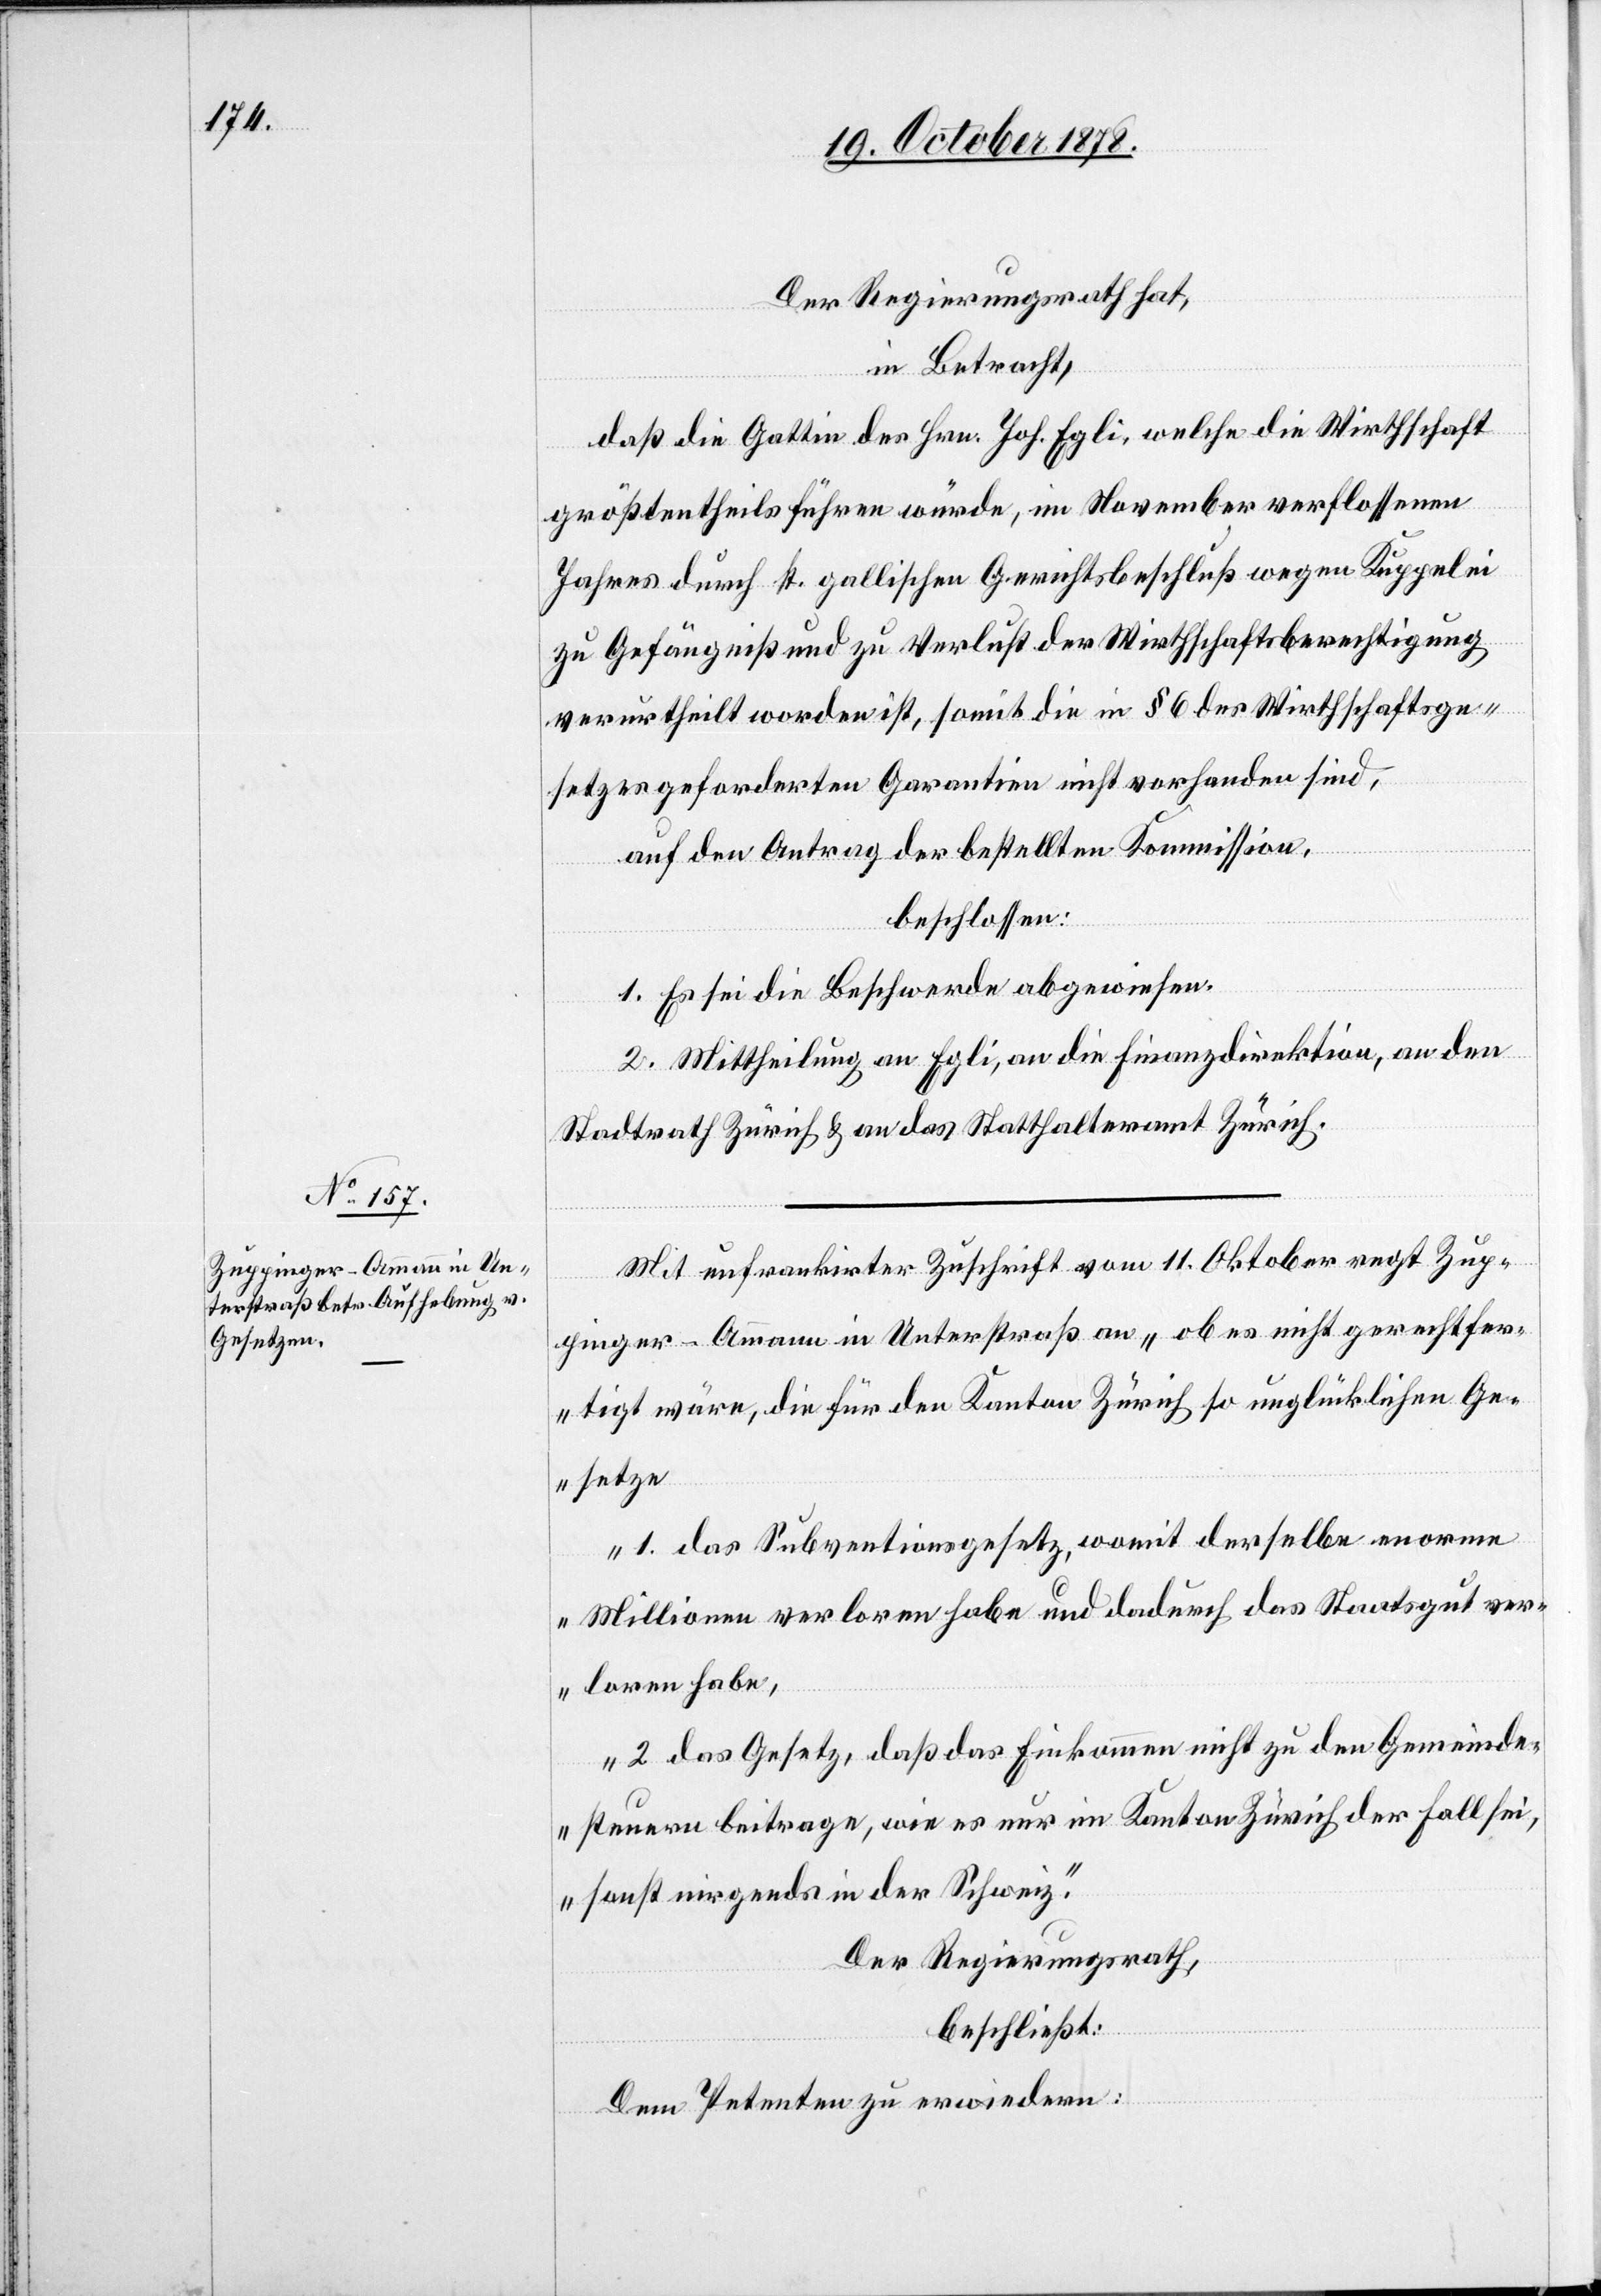
Der Regierungsrath hat,
in Betracht,
daß die Gattin des Hrn. Joh. Egli, welche die Wirthschaft
größtentheils führen würde, im November verflossenen
Jahres durch st. gallischen Gerichtsbeschluß wegen Kuppelei
zu Gefängniß und zu Verlust der Wirthschaftspatentberechtigung
verurtheilt worden ist, somit die in § 6 des Wirthschaftsge¬
setzes geforderten Garantien nicht vorhanden sind,
auf den Antrag der bestellten Kommission,
beschlossen:
1. Es sei die Beschwerde abgewiesen.
2. Mittheilung an Egli, an die Finanzdirektion, an den
Stadtrath Zürich & an das Statthalteramt Zürich.
Mit unfrankirter Zuschrift vom 11. Oktober regt Zup¬
p¬
inger-Ammann in Unterstraß an „ob es nicht gerechtfer¬
tigt wäre, die für den Kanton Zürich so unglücklichen Ge¬
setze
1. das Subventionsgesetz, womit derselbe enorme
Millionen verloren habe und dadurch das Staatsgut ver¬
loren habe,
2. das Gesetz, daß das Einkommen nicht zu den Gemeinde¬
steuern beitrage, wie es nur im Kanton Zürich der Fall sei
sonst nirgends in der Schweiz.“
Der Regierungsrath,
beschließt:
Dem Petenten zu erwiedern: